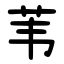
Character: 苇